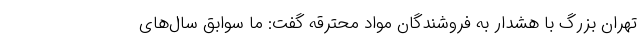
تهران بزرگ با هشدار به فروشندگان مواد محترقه گفت: ما سوابق سال‌های